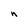
Character: n